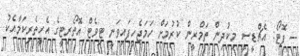
-- ފޮޓޯ: އެޗްޑީސީ މިކުދިން ތަމްރީން ކުރުމަށް ހަމަޖެހިފައިވަނީ ޓިވެޓް އޮތޯރިޓީގެ އެހީތެރިކަމާއެކު